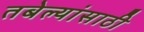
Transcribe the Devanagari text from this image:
तबेल्यांसाठी